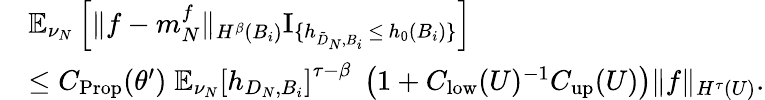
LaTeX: \begin{array}{rl}&{\mathbb{E}_{\nu_{N}}\left[\| f-m_{N}^{f}\| _{H^{\beta}(B_{i})}\mathrm{I}_{\{ h_{\tilde{D}_{N},B_{i}}\, \leq\, h_{0}(B_{i})\} }\right]}\\ &{\leq C_{\mathrm{Prop}}(\theta^{\prime})\; \mathbb{E}_{\nu_{N}}\left[h_{D_{N},B_{i}}\right]^{\tau-\beta}\; \left(1+C_{\mathrm{low}}(U)^{-1}C_{\mathrm{up}}(U)\right)\| f\| _{H^{\tau}(U)}.}\end{array}